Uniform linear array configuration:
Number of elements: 8
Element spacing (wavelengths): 1
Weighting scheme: hann
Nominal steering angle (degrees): -45
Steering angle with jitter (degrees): -43.147
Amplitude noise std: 0.05
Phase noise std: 0.05

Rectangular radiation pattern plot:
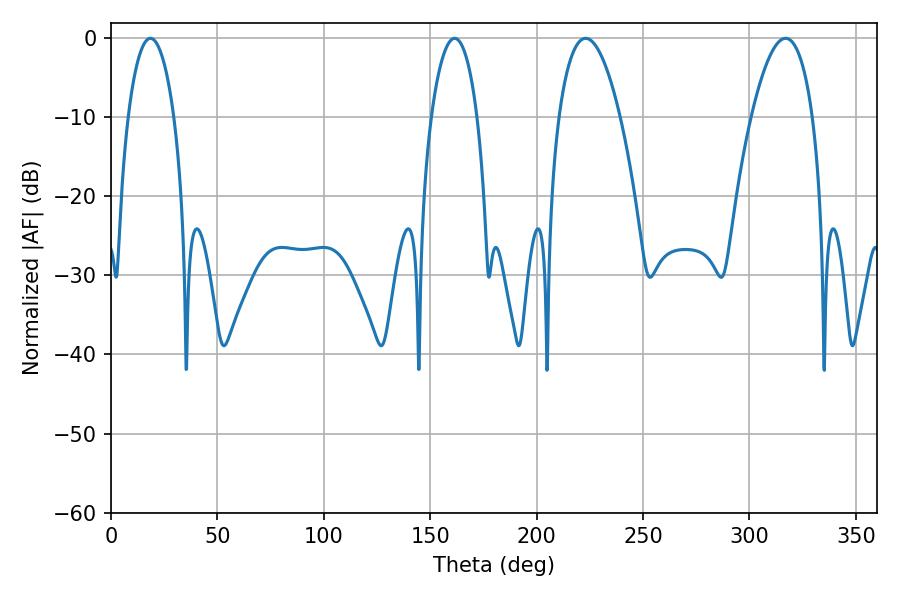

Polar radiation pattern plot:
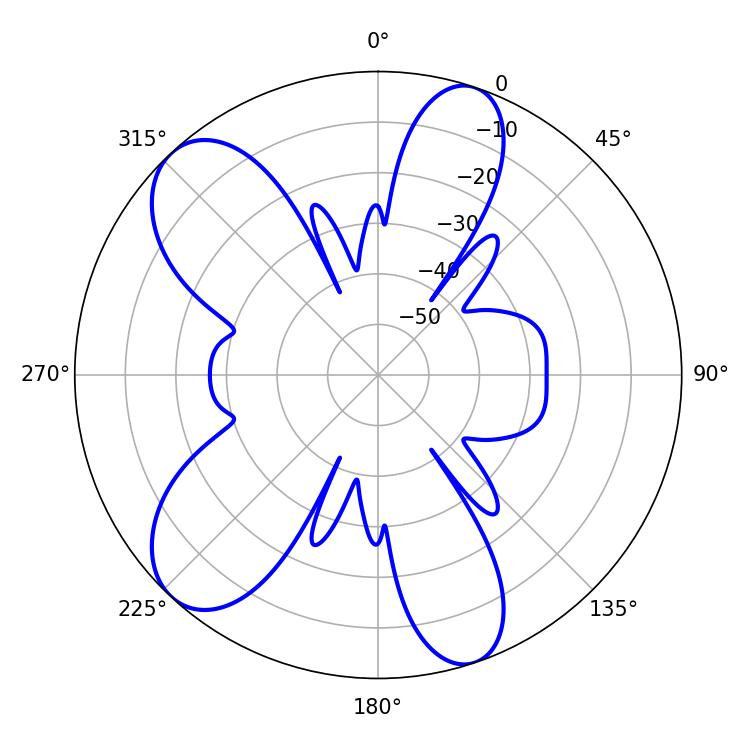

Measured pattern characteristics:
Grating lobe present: TRUE
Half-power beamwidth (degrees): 15.84
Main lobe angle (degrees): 223.02